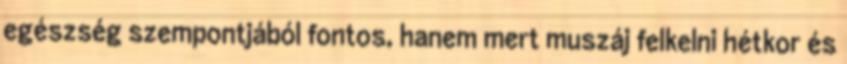
egészség szempontjából fontos, hanem mert muszáj felkelni hétkor és